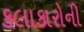
કલાકારોની